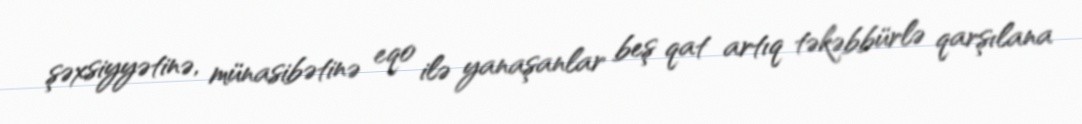
şəxsiyyətinə, münasibətinə eqo ilə yanaşanlar beş qat artıq təkəbbürlə qarşılana